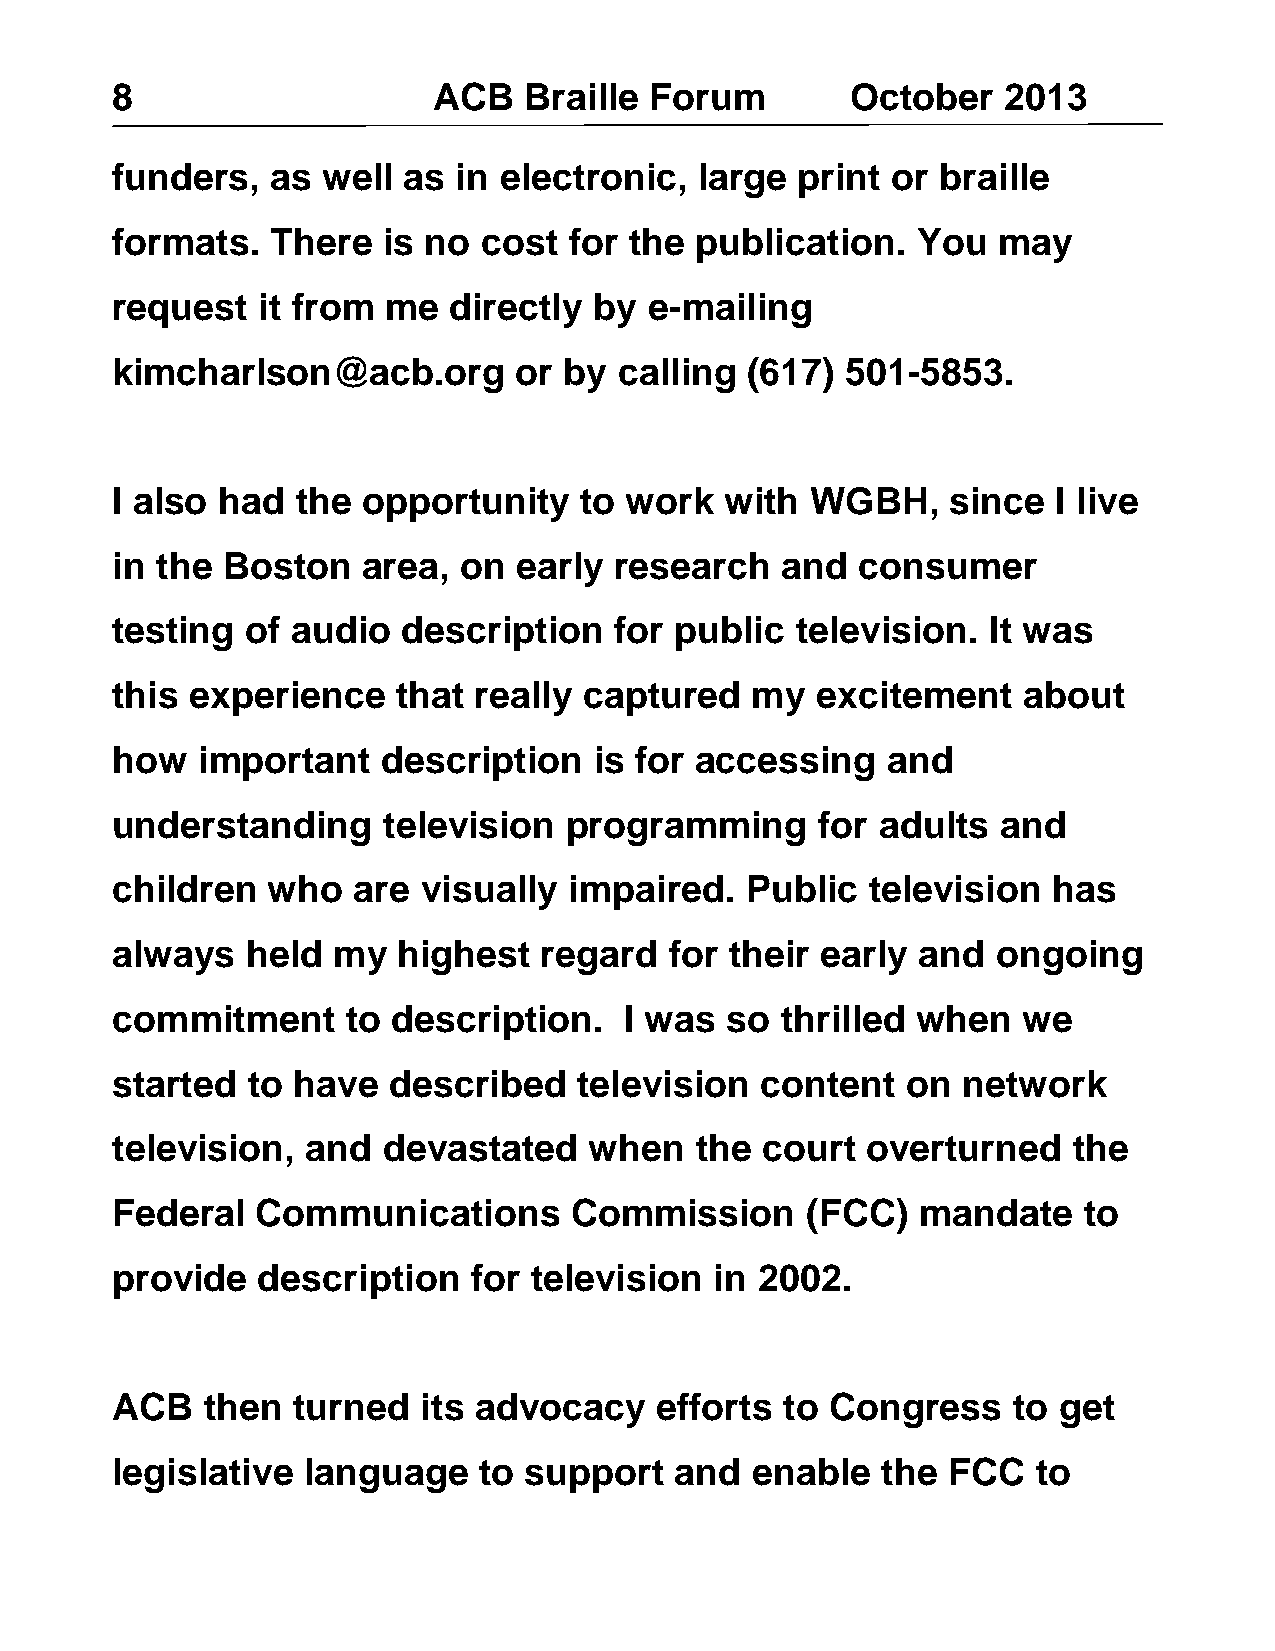
8                     ACB   Braille Forum        October   2013
 funders,   as well  as in electronic,  large  print or braille
 formats.   There  is no  cost  for the publication.   You  may
 request   it from  me  directly by  e-mailing
 kimcharlson@acb.org        or by  calling (617)  501-5853.
 I also had   the opportunity   to work   with  WGBH,    since  I live
 in the  Boston   area, on  early  research   and  consumer
 testing  of audio   description   for public  television. It was
 this  experience   that really  captured   my  excitement    about
 how   important   description   is for accessing    and
 understanding     television   programming     for adults  and
 children   who  are  visually  impaired.  Public   television  has
 always   held  my  highest   regard  for their early  and  ongoing
 commitment      to description.   I was  so  thrilled when   we
 started  to have   described   television  content   on  network
 television,  and  devastated    when   the court  overturned    the
 Federal   Communications       Commission     (FCC)   mandate    to
 provide   description   for television  in 2002.
 ACB   then  turned   its advocacy   efforts  to Congress    to get
 legislative  language    to support   and  enable  the  FCC   to